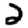
Digit: 2